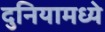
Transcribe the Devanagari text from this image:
दुनियामध्ये